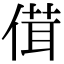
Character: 傇